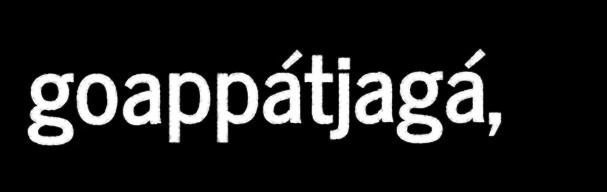
goappátjagá,